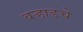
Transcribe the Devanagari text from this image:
वर्‍हाडचे